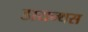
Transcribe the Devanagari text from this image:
डायन्थस